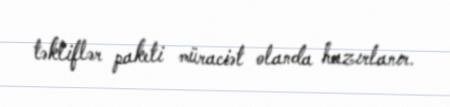
təkliflər paketi müraciət olanda hazırlanır.